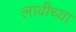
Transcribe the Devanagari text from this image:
लावीच्या